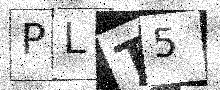
Text: PLT5